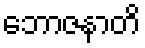
ဘောဇနာတိ